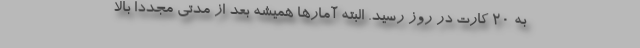
به 20 کارت در روز رسید. البته آمارها همیشه بعد از مدتی مجددا بالا